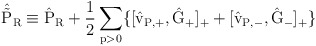
\begin{align*}\hat{\tilde{\rm P}}_{\rm R} \equiv \hat{\rm P}_{\rm R} +\frac{1}{2} \sum_{p>0} \{[\hat{v}_{\rm P,+} ,\hat{\rm G}_{+}]_{+}+ [\hat{v}_{\rm P,-} , \hat{\rm G}_{-}]_{+} \}\end{align*}